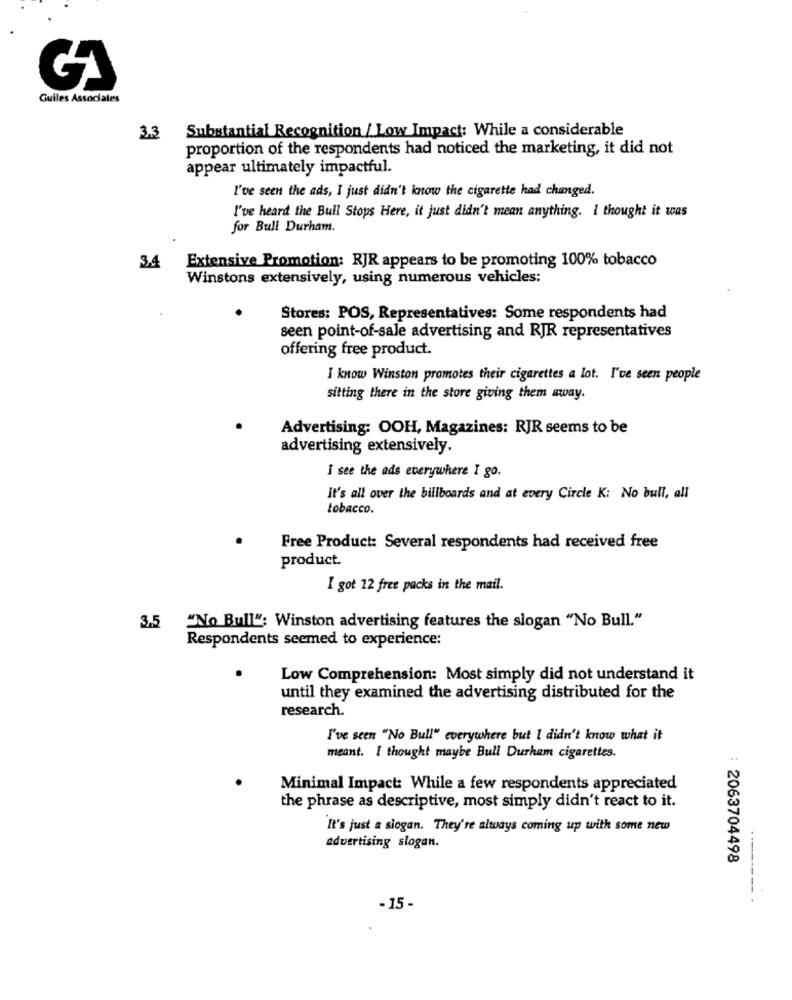
Guiles Associates
Substantial Recognition / Low Impact: While a considerable
3.3
proportion of the respondents had noticed the marketing, it did not
appear ultimately impactful.
I've seen the ads, I just didn't know the cigarette had changed.
I've heard the Bull Stops Here, it just didn't mean anything. I thought it was
for Bull Durham.
Extensive Promotion: RJR appears to be promoting 100% tobacco
3.4
Winstons extensively, using numerous vehicles:
Stores: POS, Representatives: Some respondents had
seen point-of-sale advertising and RJR representatives
offering free product.
I know Winston promotes their cigarettes a lot. I've seen people
sitting there in the store giving them away.
Advertising: OOH, Magazines: RJR seems to be
advertising extensively.
I see the ads everywhere I go.
It's all over the billboards and at every Circle K: No bull, all
tobacco.
Free Product: Several respondents had received free
product.
I got 12 free packs in the mail.
3.5
"No Bull": Winston advertising features the slogan "No Bull."
Respondents seemed to experience:
Low Comprehension: Most simply did not understand it
until they examined the advertising distributed for the
research.
I've seen "No Bull" everywhere but I didn't know what it
meant. I thought maybe Bull Durham cigarettes.
Minimal Impact: While a few respondents appreciated
the phrase as descriptive, most simply didn't react to it.
It's just a slogan. They're always coming up with some new
advertising slogan.
: 2063704498
- 15 -